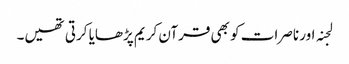
لجنہ اور ناصرات کو بھی قرآن کریم پڑھایا کرتی تھیں۔